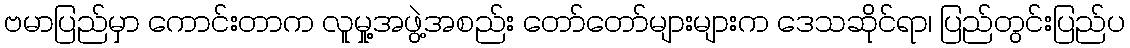
ဗမာပြည်မှာ ကောင်းတာက လူမှု့အဖွဲ့အစည်း တော်တော်များများက ဒေသဆိုင်ရာ၊ ပြည်တွင်းပြည်ပ